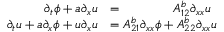
\begin{array} { r l } { \partial _ { t } \phi + a \partial _ { x } u } & { = \phantom { A _ { 2 1 } ^ { b } \partial _ { x x } \phi + \, } A _ { 1 2 } ^ { b } \partial _ { x x } u } \\ { \partial _ { t } u + a \partial _ { x } \phi + u \partial _ { x } u } & { = A _ { 2 1 } ^ { b } \partial _ { x x } \phi + A _ { 2 2 } ^ { b } \partial _ { x x } u } \end{array}